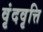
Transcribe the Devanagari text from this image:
वृंदवृत्ति